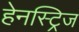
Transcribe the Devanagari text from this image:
हेनस्ट्रिज